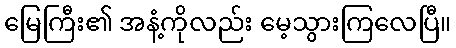
မြေကြီး၏ အနံ့ကိုလည်း မေ့သွားကြလေပြီ။